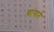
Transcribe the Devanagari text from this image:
चांगाने